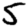
Digit: 5